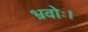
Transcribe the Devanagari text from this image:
भ्रवोः।